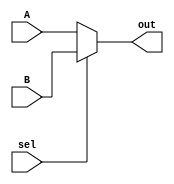
`timescale 1ns / 1ps

module mux
(
    input sel,
    input [31 : 0] A, B,
    output reg [31 : 0] out
);
    always @ (*)
    if (!sel) out <= A;
    else out <= B;
    
endmodule